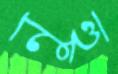
নুহু